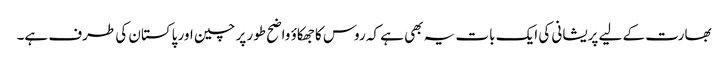
بھارت کے لیے پریشانی کی ایک بات یہ بھی ہے کہ روس کا جھکاؤ واضح طور پر چین اور پاکستان کی طرف ہے۔